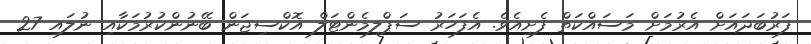
ފަރުބަދައަށް އެރުމަށް މަސައްކަތް ފެށިއެވެ. އެފަހަރު ސަޕްލިމެންޓަލް އޮކްސިޖަން ބޭނުންކުރުމަކާއި ނުލައި 27